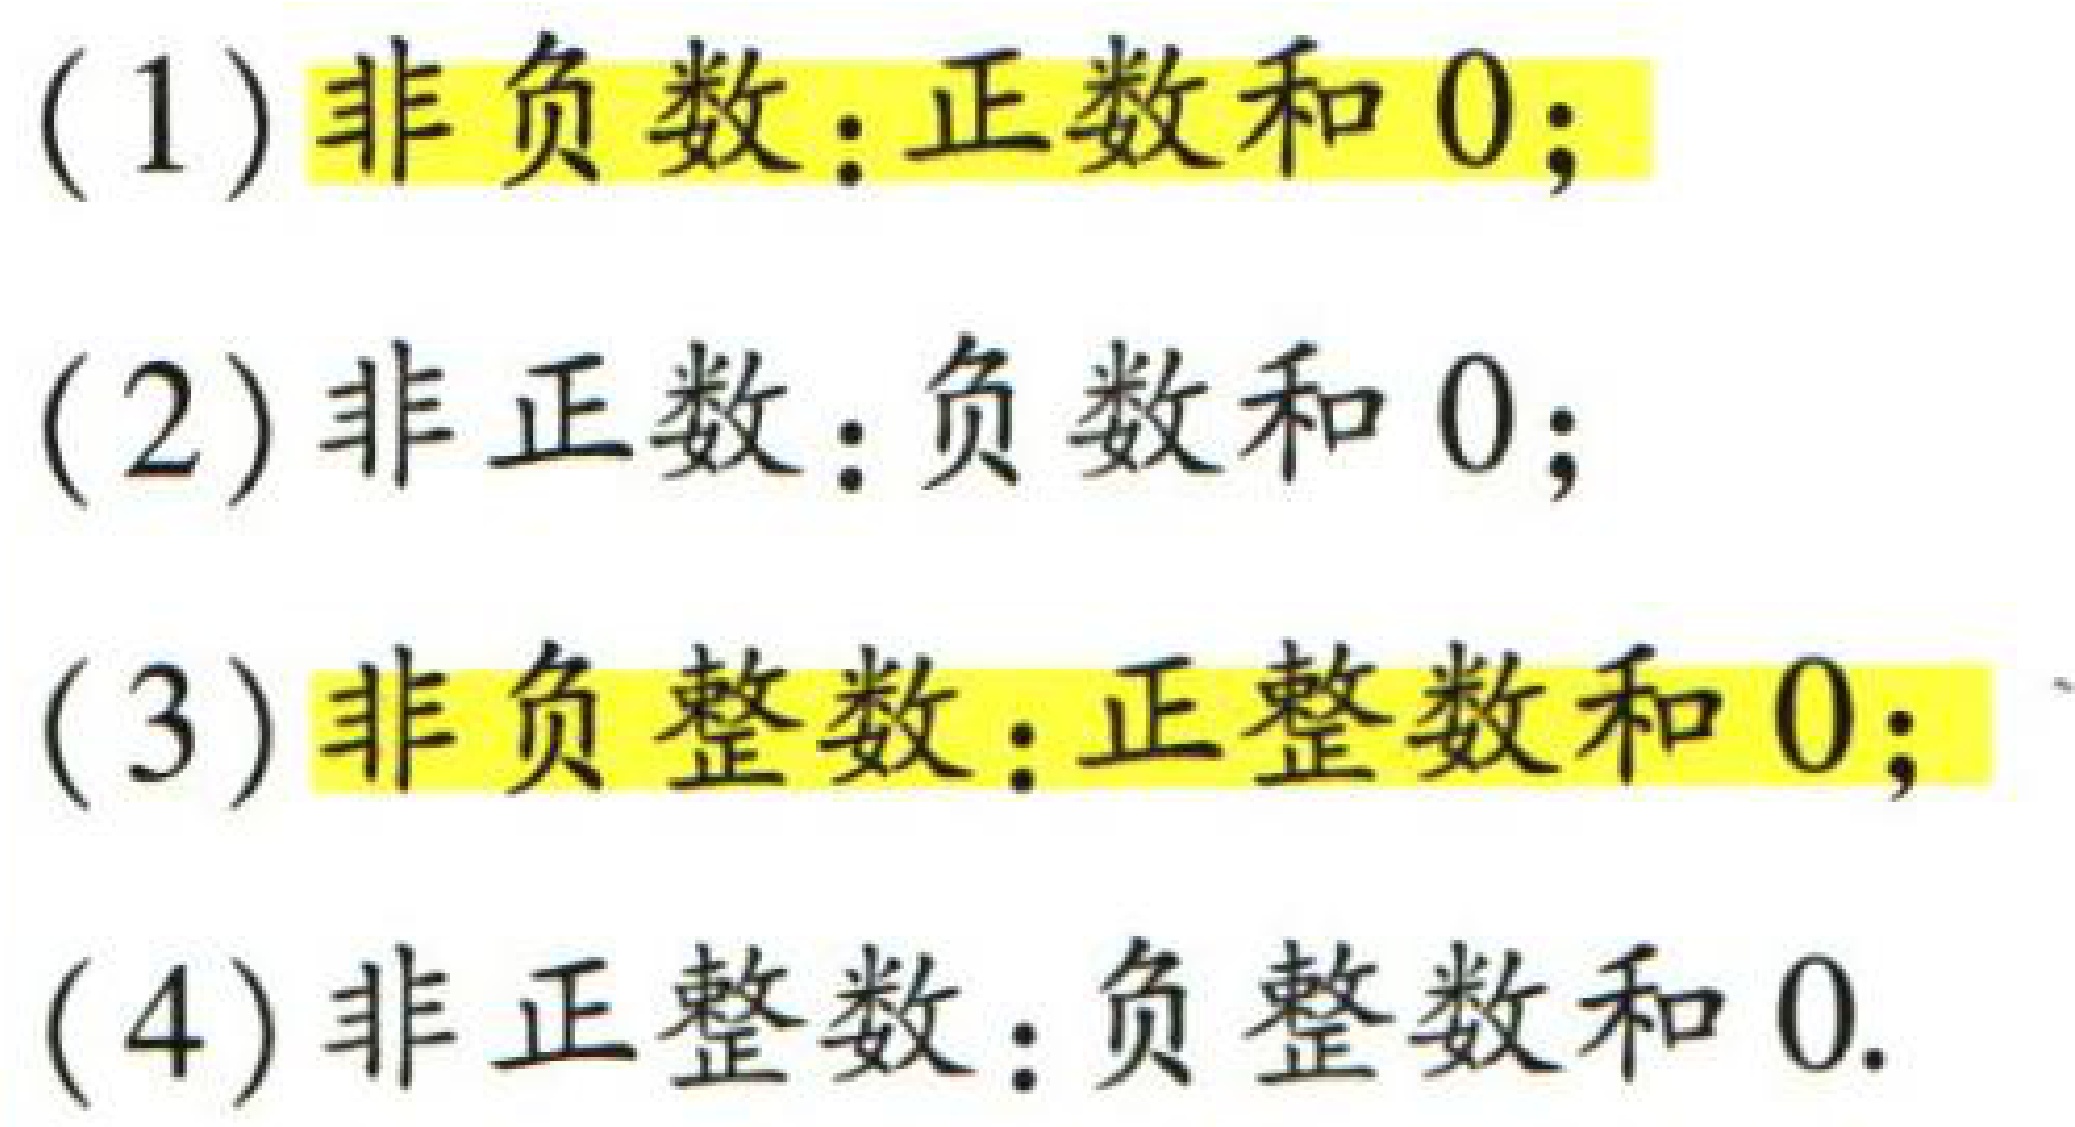
(1) 非负数：正数和 \(0\)；

(2) 非正数：负数和 \(0\)；

(3) 非负整数：正整数和 \(0\)；

(4) 非正整数：负整数和 \(0\)。